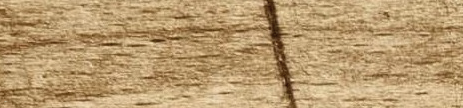
كوفي الخليج